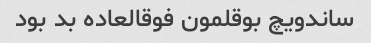
ساندویچ بوقلمون فوقالعاده بد بود